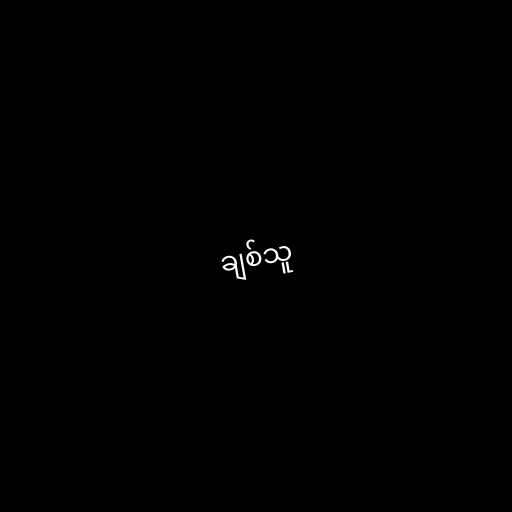
ချစ်သူ